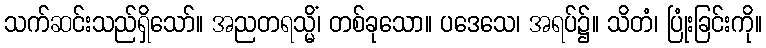
သက်ဆင်းသည်ရှိသော်။ အညတရသ္မိံ၊ တစ်ခုသော။ ပဒေသေ၊ အရပ်၌။ သိတံ၊ ပြုံးခြင်းကို။